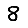
Digit: 8